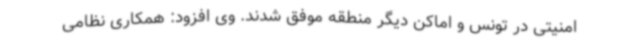
امنیتی در تونس و اماکن دیگر منطقه موفق شدند. وی افزود: همکاری نظامی